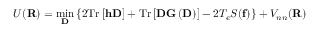
{ \displaystyle U ( { \bf R } ) = \operatorname* { m i n } _ { { \bf D } } \left\{ 2 \mathrm { T r } \left[ { \bf h } { \bf D } \right] + \mathrm { T r } \left[ { \bf D } { \bf G } \left( { \bf D } \right) \right] - 2 T _ { e } { \cal S } ( { \bf f } ) \right\} + V _ { n n } ( { \bf R } ) }